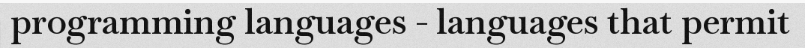
programming languages - languages that permit